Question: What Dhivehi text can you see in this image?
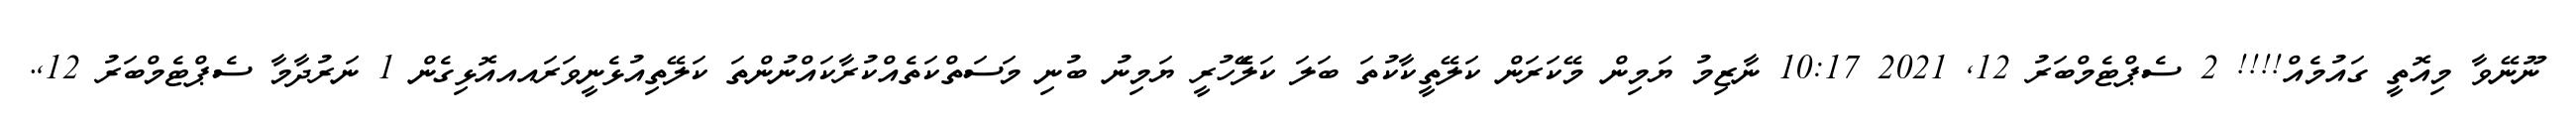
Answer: ނޫނޭވާ މިއޮތީ ގައުމެއް!!!! 2 ސެޕްޓެމްބަރު 12, 2021 10:17 ނާޒިމު ޔަމިން މޭކަރަން ކަލޭތީކާކުތަ ބަލަ ކަލެޭހުރީ ޔަމިނު ބުނި މަސަތްކަތެއްކުރާކައްނުންތަ ކަލޭތިއުޅެނީވަރައއއޮޅިގެން 1 ނަރުދާމާ ސެޕްޓެމްބަރު 12,.